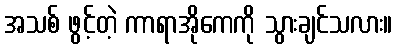
အသစ် ဖွင့်တဲ့ ကာရာအိုကေကို သွားချင်သလား။